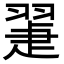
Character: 𦑯